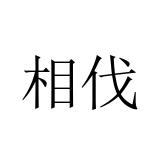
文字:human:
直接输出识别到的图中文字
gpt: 相伐